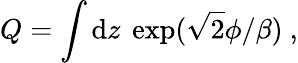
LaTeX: Q=\int\mathrm{d}z\ \exp(\sqrt 2\phi/\beta)\ ,